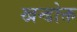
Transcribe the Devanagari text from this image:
खन्डोक्त